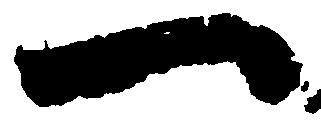
一